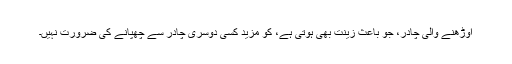
اوڑھنے والی چادر، جو باعث زینت بھی ہوتی ہے، کو مزید کسی دوسری چادر سے چھپانے کی ضرورت نہیں۔